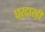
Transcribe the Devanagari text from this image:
घरदारही